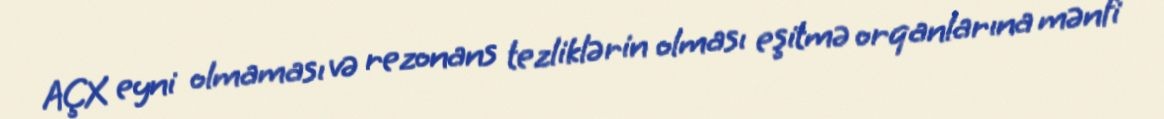
AÇX eyni olmaması və rezonans tezliklərin olması eşitmə orqanlarına mənfi